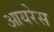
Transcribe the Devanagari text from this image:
आयरेस